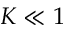
K \ll 1